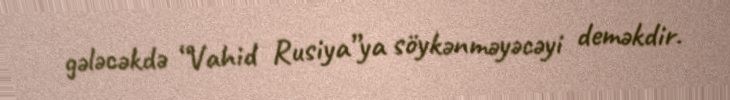
gələcəkdə “Vahid Rusiya”ya söykənməyəcəyi deməkdir.